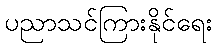
ပညာသင်ကြားနိုင်ရေး